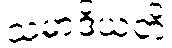
သမာဒိယတိ